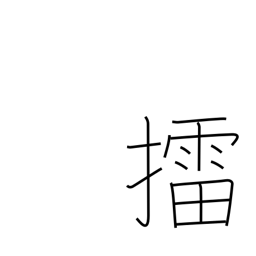
Meaning: mash